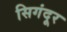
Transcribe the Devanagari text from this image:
सिगंदूर